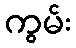
ကွမ်း